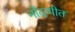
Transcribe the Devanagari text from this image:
नोंदणीत